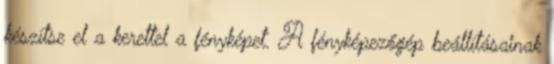
készítse el a kerettel a fényképet. A fényképezőgép beállításainak